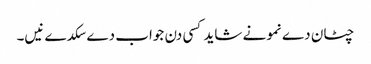
چٹان دے نمونے شاید کسی دن جواب دے سکدے نیں۔